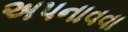
અપનાવવા